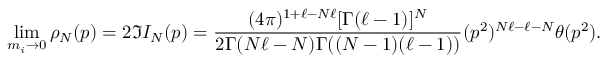
\operatorname * { l i m } _ { m _ { i } \rightarrow 0 } \rho _ { N } ( p ) = 2 \Im I _ { N } ( p ) = \frac { ( 4 \pi ) ^ { 1 + \ell - N \ell } [ \Gamma ( \ell - 1 ) ] ^ { N } } { 2 \Gamma ( N \ell - N ) \Gamma ( ( N - 1 ) ( \ell - 1 ) ) } ( p ^ { 2 } ) ^ { N \ell - \ell - N } \theta ( p ^ { 2 } ) .